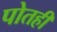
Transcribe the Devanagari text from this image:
पोतही